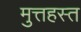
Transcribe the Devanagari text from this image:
मुत्तहस्त